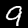
Digit: 9